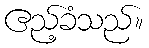
ဧည့်ခံသည်။